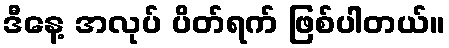
ဒီနေ့ အလုပ် ပိတ်ရက် ဖြစ်ပါတယ်။